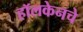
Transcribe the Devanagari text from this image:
हॉलकेनचे